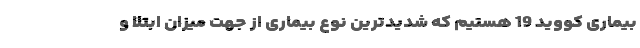
بیماری کووید 19 هستیم که شدیدترین نوع بیماری از جهت میزان ابتلا و